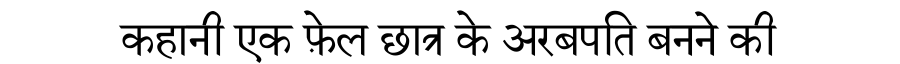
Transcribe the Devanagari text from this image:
कहानी एक फ़ेल छात्र के अरबपति बनने की